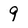
Character: 9